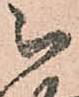
被